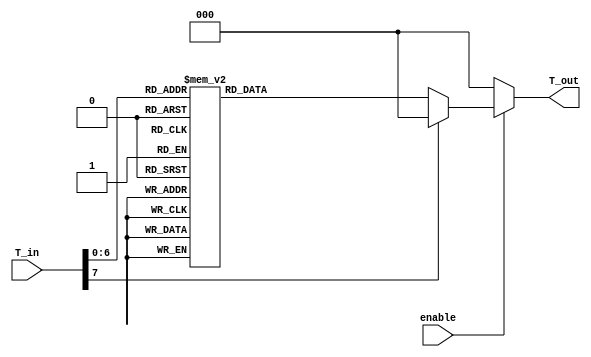
module thermal_encoder (
    input wire [7:0] T_in,    // 8-bit input for temperature (0C to 100C)
    input wire enable,         // Enable signal
    output reg [2:0] T_out     // 3-bit output for binary code
);

// Combinational logic to map temperature ranges to binary codes
always @(*) begin
    if (!enable) begin
        T_out = 3'b000; // Default state when not enabled
    end else begin
        case (T_in)
            8'd0   : T_out = 3'b000; // 0C to 25C
            8'd1   : T_out = 3'b000; // 0C to 25C
            8'd2   : T_out = 3'b000; // 0C to 25C
            8'd3   : T_out = 3'b000; // 0C to 25C
            8'd4   : T_out = 3'b000; // 0C to 25C
            8'd5   : T_out = 3'b000; // 0C to 25C
            8'd6   : T_out = 3'b000; // 0C to 25C
            8'd7   : T_out = 3'b000; // 0C to 25C
            8'd8   : T_out = 3'b000; // 0C to 25C
            8'd9   : T_out = 3'b000; // 0C to 25C
            8'd10  : T_out = 3'b000; // 0C to 25C
            8'd11  : T_out = 3'b000; // 0C to 25C
            8'd12  : T_out = 3'b000; // 0C to 25C
            8'd13  : T_out = 3'b000; // 0C to 25C
            8'd14  : T_out = 3'b000; // 0C to 25C
            8'd15  : T_out = 3'b000; // 0C to 25C
            8'd16  : T_out = 3'b000; // 0C to 25C
            8'd17  : T_out = 3'b000; // 0C to 25C
            8'd18  : T_out = 3'b000; // 0C to 25C
            8'd19  : T_out = 3'b000; // 0C to 25C
            8'd20  : T_out = 3'b000; // 0C to 25C
            8'd21  : T_out = 3'b000; // 0C to 25C
            8'd22  : T_out = 3'b000; // 0C to 25C
            8'd23  : T_out = 3'b000; // 0C to 25C
            8'd24  : T_out = 3'b000; // 0C to 25C
            8'd25  : T_out = 3'b000; // 0C to 25C
            8'd26  : T_out = 3'b001; // 26C to 50C
            8'd27  : T_out = 3'b001; // 26C to 50C
            8'd28  : T_out = 3'b001; // 26C to 50C
            8'd29  : T_out = 3'b001; // 26C to 50C
            8'd30  : T_out = 3'b001; // 26C to 50C
            8'd31  : T_out = 3'b001; // 26C to 50C
            8'd32  : T_out = 3'b001; // 26C to 50C
            8'd33  : T_out = 3'b001; // 26C to 50C
            8'd34  : T_out = 3'b001; // 26C to 50C
            8'd35  : T_out = 3'b001; // 26C to 50C
            8'd36  : T_out = 3'b001; // 26C to 50C
            8'd37  : T_out = 3'b001; // 26C to 50C
            8'd38  : T_out = 3'b001; // 26C to 50C
            8'd39  : T_out = 3'b001; // 26C to 50C
            8'd40  : T_out = 3'b001; // 26C to 50C
            8'd41  : T_out = 3'b001; // 26C to 50C
            8'd42  : T_out = 3'b001; // 26C to 50C
            8'd43  : T_out = 3'b001; // 26C to 50C
            8'd44  : T_out = 3'b001; // 26C to 50C
            8'd45  : T_out = 3'b001; // 26C to 50C
            8'd46  : T_out = 3'b001; // 26C to 50C
            8'd47  : T_out = 3'b001; // 26C to 50C
            8'd48  : T_out = 3'b001; // 26C to 50C
            8'd49  : T_out = 3'b001; // 26C to 50C
            8'd50  : T_out = 3'b001; // 26C to 50C
            8'd51  : T_out = 3'b010; // 51C to 75C
            8'd52  : T_out = 3'b010; // 51C to 75C
            8'd53  : T_out = 3'b010; // 51C to 75C
            8'd54  : T_out = 3'b010; // 51C to 75C
            8'd55  : T_out = 3'b010; // 51C to 75C
            8'd56  : T_out = 3'b010; // 51C to 75C
            8'd57  : T_out = 3'b010; // 51C to 75C
            8'd58  : T_out = 3'b010; // 51C to 75C
            8'd59  : T_out = 3'b010; // 51C to 75C
            8'd60  : T_out = 3'b010; // 51C to 75C
            8'd61  : T_out = 3'b010; // 51C to 75C
            8'd62  : T_out = 3'b010; // 51C to 75C
            8'd63  : T_out = 3'b010; // 51C to 75C
            8'd64  : T_out = 3'b010; // 51C to 75C
            8'd65  : T_out = 3'b010; // 51C to 75C
            8'd66  : T_out = 3'b010; // 51C to 75C
            8'd67  : T_out = 3'b010; // 51C to 75C
            8'd68  : T_out = 3'b010; // 51C to 75C
            8'd69  : T_out = 3'b010; // 51C to 75C
            8'd70  : T_out = 3'b010; // 51C to 75C
            8'd71  : T_out = 3'b010; // 51C to 75C
            8'd72  : T_out = 3'b010; // 51C to 75C
            8'd73  : T_out = 3'b010; // 51C to 75C
            8'd74  : T_out = 3'b010; // 51C to 75C
            8'd75  : T_out = 3'b010; // 51C to 75C
            8'd76  : T_out = 3'b011; // 76C to 100C
            8'd77  : T_out = 3'b011; // 76C to 100C
            8'd78  : T_out = 3'b011; // 76C to 100C
            8'd79  : T_out = 3'b011; // 76C to 100C
            8'd80  : T_out = 3'b011; // 76C to 100C
            8'd81  : T_out = 3'b011; // 76C to 100C
            8'd82  : T_out = 3'b011; // 76C to 100C
            8'd83  : T_out = 3'b011; // 76C to 100C
            8'd84  : T_out = 3'b011; // 76C to 100C
            8'd85  : T_out = 3'b011; // 76C to 100C
            8'd86  : T_out = 3'b011; // 76C to 100C
            8'd87  : T_out = 3'b011; // 76C to 100C
            8'd88  : T_out = 3'b011; // 76C to 100C
            8'd89  : T_out = 3'b011; // 76C to 100C
            8'd90  : T_out = 3'b011; // 76C to 100C
            8'd91  : T_out = 3'b011; // 76C to 100C
            8'd92  : T_out = 3'b011; // 76C to 100C
            8'd93  : T_out = 3'b011; // 76C to 100C
            8'd94  : T_out = 3'b011; // 76C to 100C
            8'd95  : T_out = 3'b011; // 76C to 100C
            8'd96  : T_out = 3'b011; // 76C to 100C
            8'd97  : T_out = 3'b011; // 76C to 100C
            8'd98  : T_out = 3'b011; // 76C to 100C
            8'd99  : T_out = 3'b011; // 76C to 100C
            8'd100 : T_out = 3'b011; // 76C to 100C
            default: T_out = 3'b000; // Default case
        endcase
    end
end

endmodule